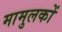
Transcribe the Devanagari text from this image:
मामुलकों